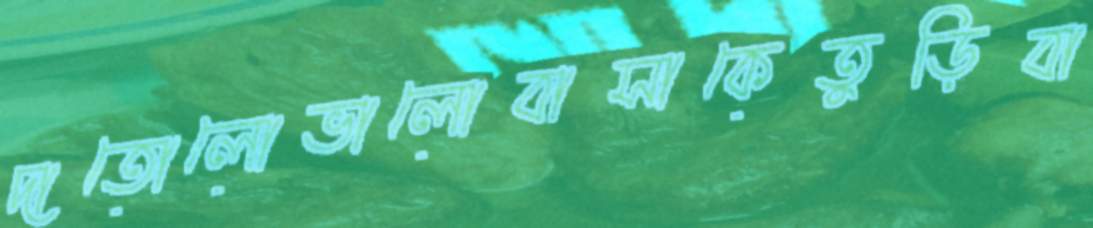
দাতোলোভালোবাসাকেতুড়িবা